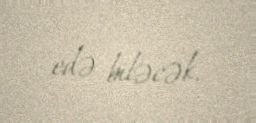
edə biləcək.